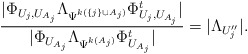
\begin{align*}\frac{|\Phi_{U_{j},U_{A_j}}\Lambda_{\Psi^{k(\{j\}\cup A_j)}} \Phi_{U_{j},U_{A_j}}^t|}{|\Phi_{U_{A_j}}\Lambda_{\Psi^{k(A_j)}} \Phi_{U_{A_j}}^t|}=|\Lambda_{U''_j}|.\end{align*}